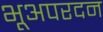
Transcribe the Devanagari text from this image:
भूअपरदन